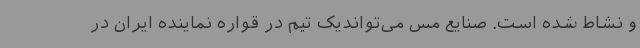
و نشاط شده است. صنایع مس می‌تواندیک تیم در قواره نماینده ایران در